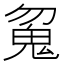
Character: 𱆘